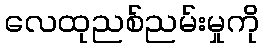
လေထုညစ်ညမ်းမှုကို